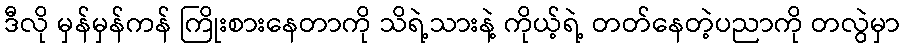
ဒီလို မှန်မှန်ကန် ကြိုးစားနေတာကို သိရဲ့သားနဲ့ ကိုယ့်ရဲ့ တတ်နေတဲ့ပညာကို တလွဲမှာ